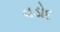
વડોદ